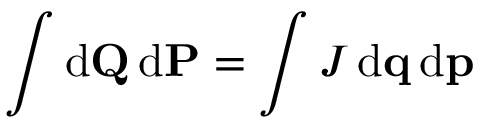
\int \mathrm { d } \mathbf { Q } \, \mathrm { d } \mathbf { P } = \int J \, \mathrm { d } \mathbf { q } \, \mathrm { d } \mathbf { p }